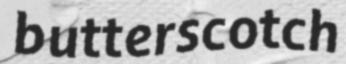
butterscotch